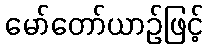
မော်တော်ယာဉ်ဖြင့်